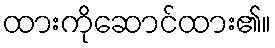
ထားကိုဆောင်ထား၏။